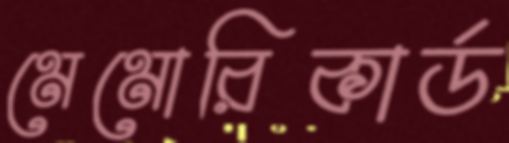
মেমোরিকার্ড